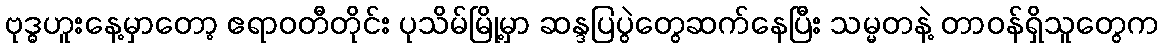
ဗုဒ္ဓဟူးနေ့မှာတော့ ဧရာဝတီတိုင်း ပုသိမ်မြို့မှာ ဆန္ဒပြပွဲတွေဆက်နေပြီး သမ္မတနဲ့ တာဝန်ရှိသူတွေက